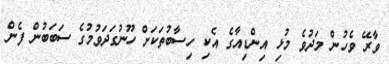
ވާރޭ ވެހުން މަދުވެ މުޅި އިންޑިއާގެ އެކި ހިސާބުތަކަށް ހޫނުގަދަވުމުގެ ސަބަބުން ފެން